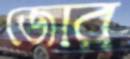
জোর